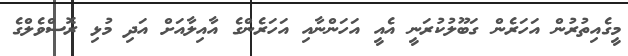
މީގެއިތުރުން އަހަރެން ގަބޫލުކުރަނީ އެއީ އަހަންނާއި އަހަރެންގެ އާއިލާއަށް އަދި މުޅި ރޮސްވެލްގެ